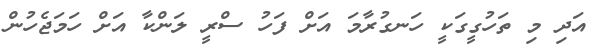
އަދި މި ތަހުގީގަކީ ހަނގުރާމަ އަށް ފަހު ސްރީ ލަންކާ އަށް ހަމަޖެހުން